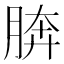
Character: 𦜭